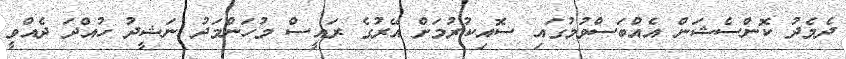
ދެމެދު ކޮންސެޝަން އެއްބަސްވުމުގައި ސޮއިކުރުމަށް އޭރުގެ ރައީސް މުހަންމަދު ނަޝީދު ހުއްދަ ދެއްވީ